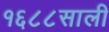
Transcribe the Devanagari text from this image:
१६८८साली